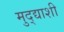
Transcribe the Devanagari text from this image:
मुद्द्याशी